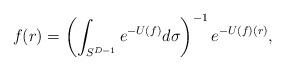
LaTeX: \begin{align*} f (r) = \left( \int_{S^{D - 1}} e^{- U (f)} d \sigma \right)^{- 1} e^{- U (f) (r)},\end{align*}